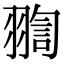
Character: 𦑟